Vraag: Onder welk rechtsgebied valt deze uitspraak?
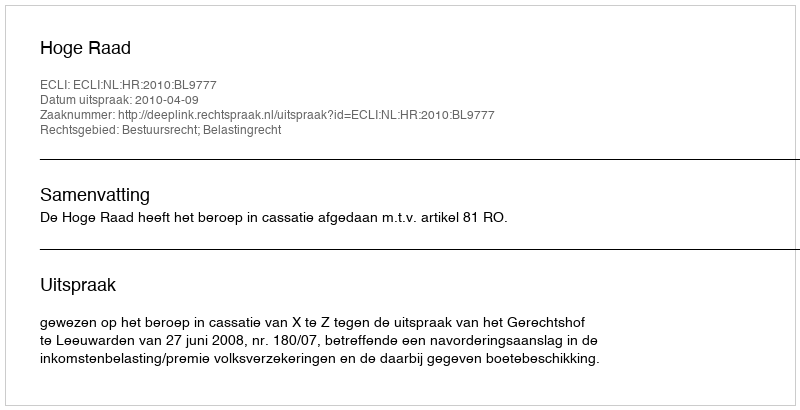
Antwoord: Bestuursrecht; Belastingrecht